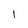
Character: 1